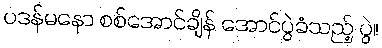
ပဒန်မနော စစ်အောင်ချိန် အောင်ပွဲခံသည့် ပွဲ။